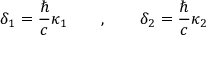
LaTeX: \delta _ { 1 } = \frac \hbar c \kappa _ { 1 } \qquad , \qquad \delta _ { 2 } = \frac \hbar c \kappa _ { 2 }